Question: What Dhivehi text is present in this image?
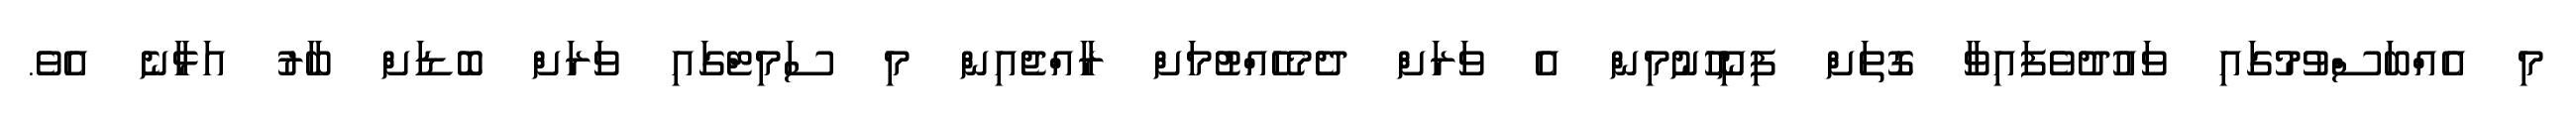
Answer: މި އެއްބަސްވުމުގައި ވައުދުވެފައިވާ ގޮތަށް ފިނިހޫނުމިން އެ ވަރަށް ދެމެހެއްޓުމަށް ރާއްޖެއިން މި ސަމިޓްގައި ވަރަށް ބޮޑަށް ބާރު އަޅާނެ އެވެ.